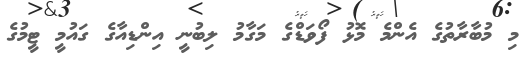
މި މުބާރާތުގެ އެންމެ މޮޅު ފޯވަޑްގެ މަގާމު ލިބުނީ އިންޑިއާގެ ގައުމީ ޓީމުގެ